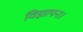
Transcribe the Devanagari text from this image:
विज्ञापन।